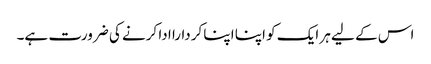
اس کے لیے ہر ایک کو اپنا اپنا کردارا ادا کرنے کی ضرورت ہے۔